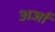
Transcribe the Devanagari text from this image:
अर्जा